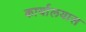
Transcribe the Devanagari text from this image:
कार्यालयास